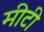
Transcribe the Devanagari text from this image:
मीटी